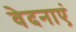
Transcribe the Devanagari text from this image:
वेदनाएं